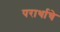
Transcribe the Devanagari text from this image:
परार्थाचे